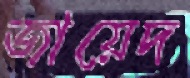
জায়েদ